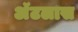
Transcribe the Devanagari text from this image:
अॅटलास